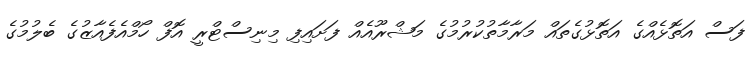
ފަސް އަތޮޅެއްގެ އަތޮޅުގެތައް މަރާމާތުކުރުމުގެ މަޝްރޫއެއްް ފަށައިފި މިނިސްޓްރީ އޮފް ހޯމްއެފެއާޒުގެ ބެލުމުގެ